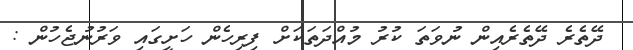
ދޭތެރެ ދޭތެރެއިން ނުވަތަ ކުރު މުއްދަތަކަށް ފިރިހެން ހަށީގައި ވަރުނުޖެހުން :